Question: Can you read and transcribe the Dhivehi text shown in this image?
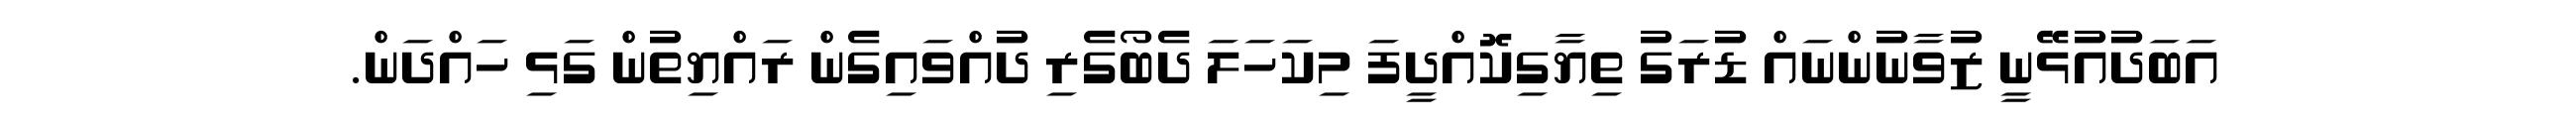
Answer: އަބަދުއުޅޭނީ ޒުވާނުންނައް ޑުރަގު ތިޔާގިކޮއްދީފަ މިކަހަލަ ދެބޯގެރި ދުއްވައިގެން ރައްޔިތުން ގަޅި ހައްދަން.